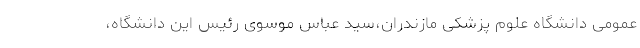
عمومی دانشگاه علوم پزشکی مازندران،سید عباس موسوی رئیس این دانشگاه،